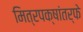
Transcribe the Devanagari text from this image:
मित्रपक्षांतर्फे